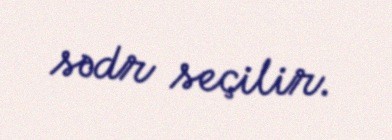
sədr seçilir.